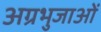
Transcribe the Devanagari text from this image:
अग्रभुजाओं